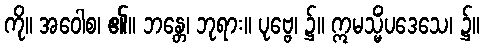
ကို။ အဝေါစ၊ ၏။ ဘန္တေ၊ ဘုရား။ ပုဗ္ဗေ၊ ၌။ ဣမသ္မိံပဒေသေ၊ ၌။